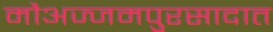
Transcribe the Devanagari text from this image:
मौअज्जमपुरसादात